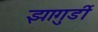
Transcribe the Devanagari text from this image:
झागुर्डी